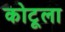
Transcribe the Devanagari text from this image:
कोटूला